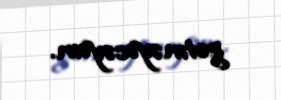
getməyəcəyəm.